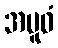
အပူဝံ